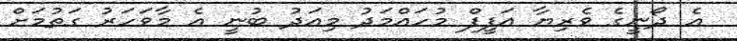
އެ ދޯނީގެ ވެރިޔާ އަފީފް މުހައްމަދު މިއަދު ބުނީ އެ މާވަހަރު ގަތުމަށް